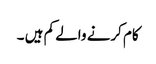
کام کرنے والے کم ہیں ۔